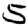
Digit: 5